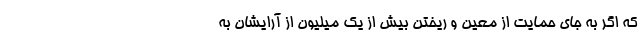
که اگر به جای حمایت از معین و ریختن بیش از یک میلیون از آرایشان به